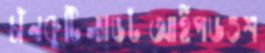
চাঁনকুটিল্যাঙটআইপডওশ